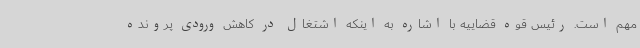
مهم است. رئیس قوه قضاییه با اشاره به اینکه اشتغال در کاهش ورودی پرونده